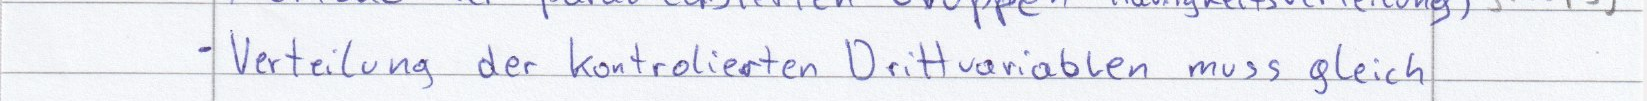
- Verteilung der kontrolierten Drittvariablen muss gleich